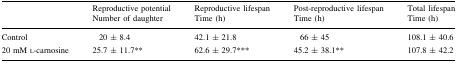
| <ROWSPAN=2>  | Reproductive potential | Reproductive lifespan | Post-reproductive lifespan | Total lifespan |
 | Number of daughter | Time (h) | Time (h) | Time (h) |
 | --- | --- | --- | --- | --- |
 | Control | 20 ± 8.4 | 42.1 ± 21.8 | 66 ± 45 | 108.1 ± 40.6 |
 | 20 mM l-carnosine | 25.7 ± 11.7** | 62.6 ± 29.7*** | 45.2 ± 38.1** | 107.8 ± 42.2 |